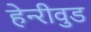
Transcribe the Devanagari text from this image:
हेन्‍रीवुड